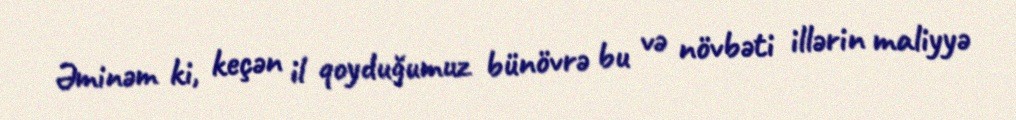
Əminəm ki, keçən il qoyduğumuz bünövrə bu və növbəti illərin maliyyə